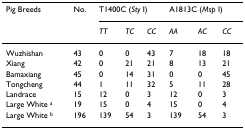
| Pig Breeds | No. | <COLSPAN=3> T1400C (Sty I) | <COLSPAN=3> A1813C (Msp I) |
 |  |  | TT | TC | CC | AA | AC | CC |
 | --- | --- | --- | --- | --- | --- | --- | --- |
 | Wuzhishan | 43 | 0 | 0 | 43 | 7 | 18 | 18 |
 | Xiang | 42 | 0 | 21 | 21 | 8 | 13 | 21 |
 | Bamaxiang | 45 | 0 | 14 | 31 | 0 | 0 | 45 |
 | Tongcheng | 44 | 1 | 11 | 32 | 5 | 11 | 28 |
 | Landrace | 15 | 12 | 0 | 3 | 12 | 0 | 3 |
 | Large White a | 19 | 15 | 0 | 4 | 15 | 0 | 4 |
 | Large White b | 196 | 139 | 54 | 3 | 139 | 54 | 3 |